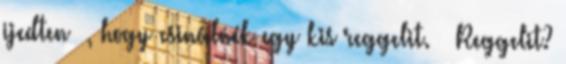
ijedten –, hogy csinálnék egy kis reggelit. – Reggelit?